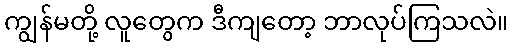
ကျွန်မတို့ လူတွေက ဒီကျတော့ ဘာလုပ်ကြသလဲ။